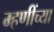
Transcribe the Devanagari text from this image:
म्हणींच्या